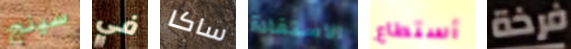
سينج في ساكا الاستفادة أستطاع فرخة